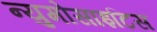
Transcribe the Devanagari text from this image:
न्युमोसाइटिस